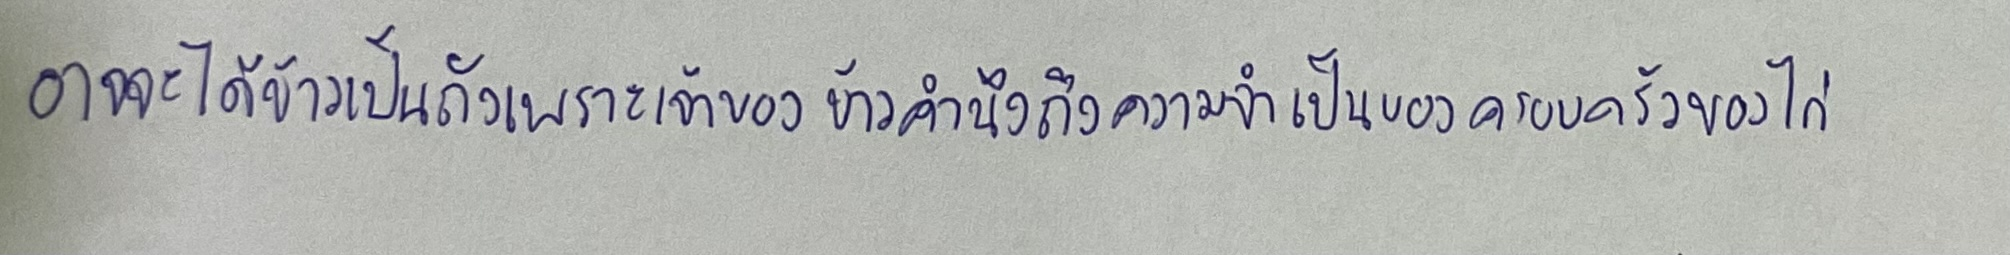
อาจจะได้ข้าวเป็นถังเพราะเจ้าของข้าวคำนึงถึงความจำเป็นของครอบครัวเจ้าของไก่